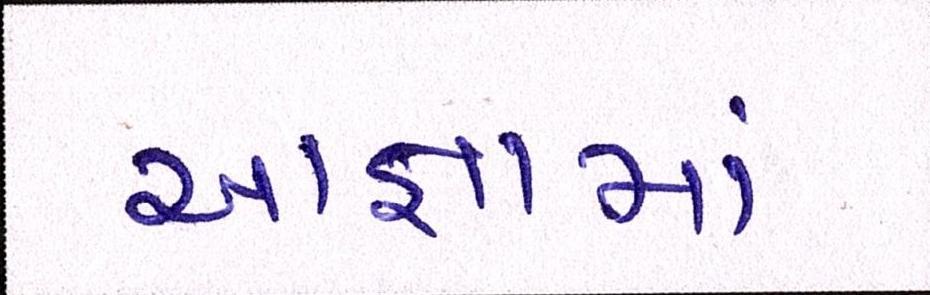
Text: આજ્ઞામાં